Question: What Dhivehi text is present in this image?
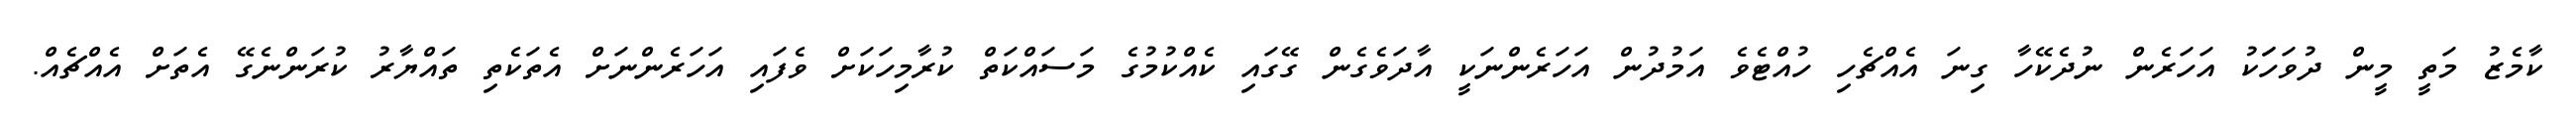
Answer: ކާމެޒު މަތީ މީން ދުވަހަަކު އަހަރެން ނުދެކޭހާ ގިނަ އެއްޗެހި ހުއްޓެވެ އަމުދުން އަހަރެންނަކީ އާދަވެގެން ގޭގައި ކެއްކުމުގެ މަސައްކަތް ކުރާމިހަކަށް ވެފައި އަހަރެންނަށް އެތަކެތި ތައްޔާރު ކުރަންނެގޭ އެތަށް އެއްޗެއް.